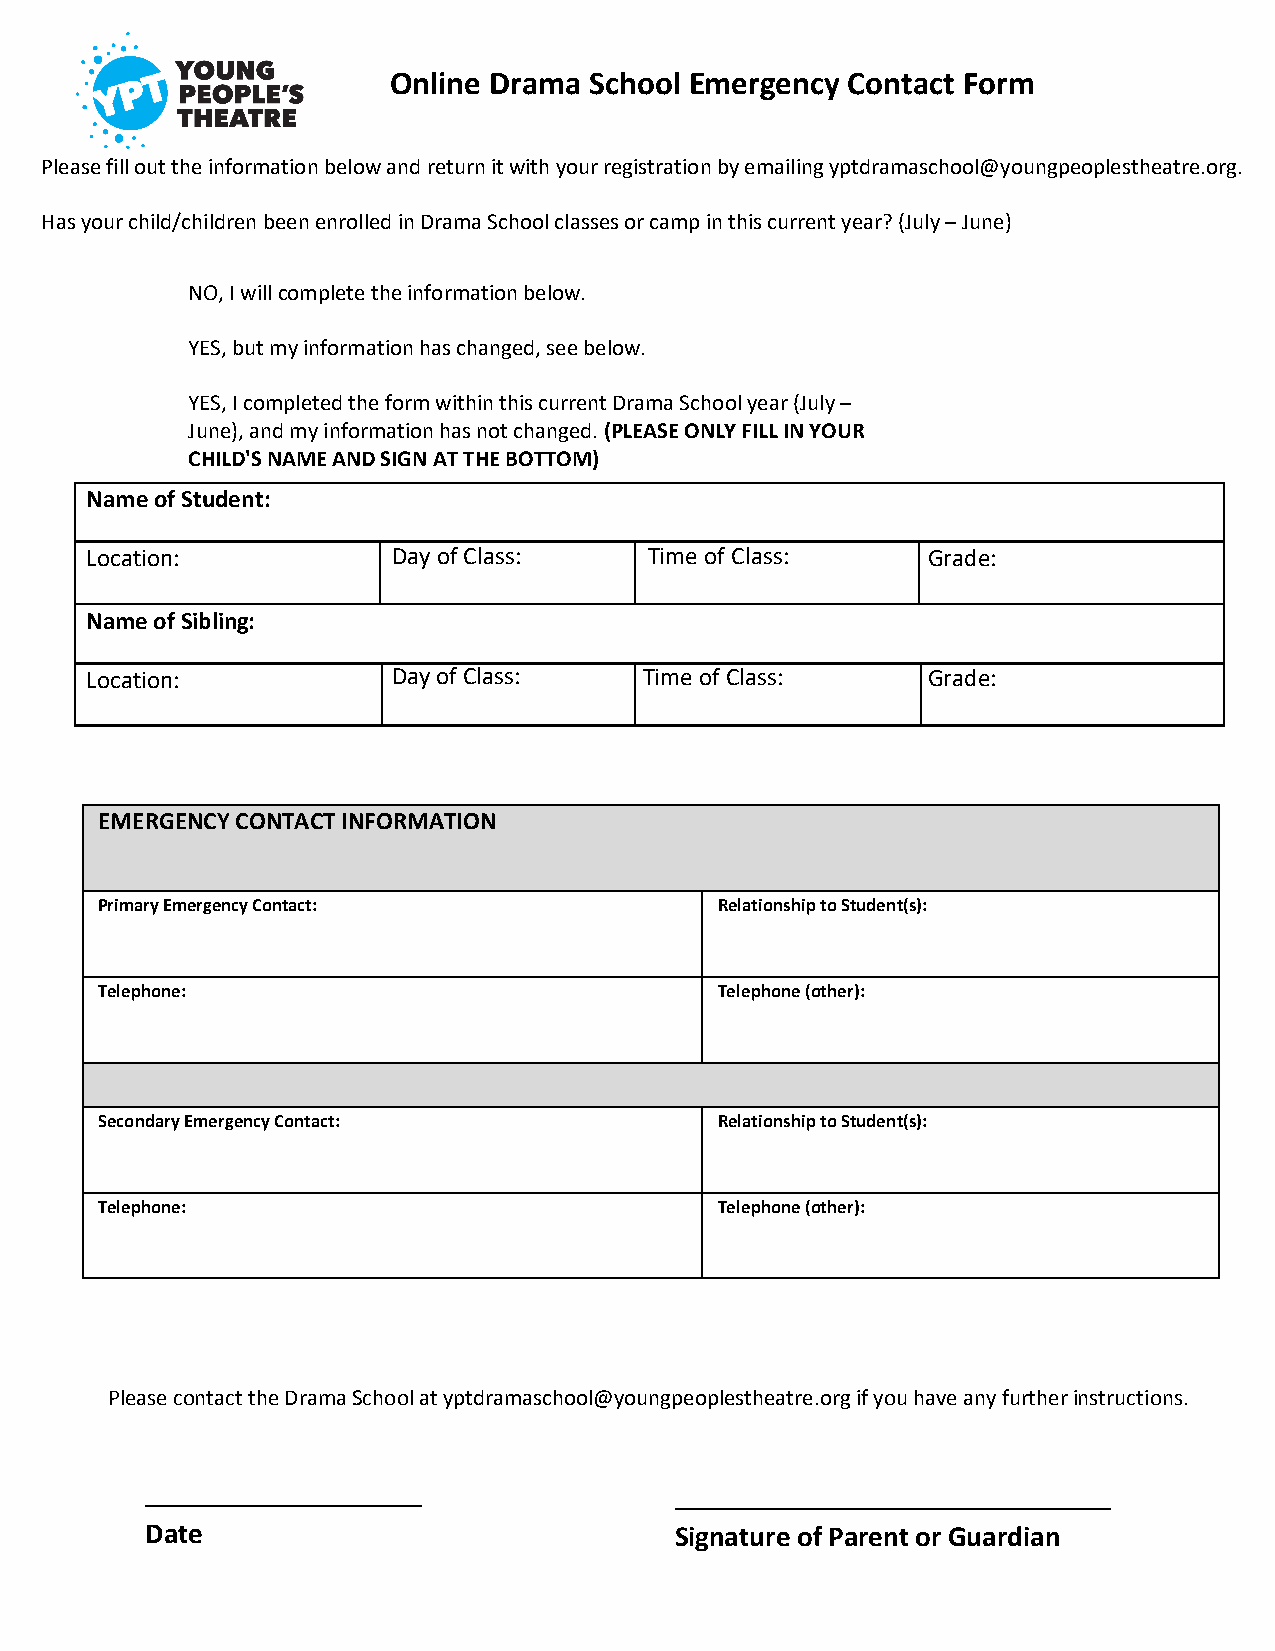
Online Drama School Emergency Contact Form
 Please fill out the information below and return it with your registration by emailing yptdramaschool@youngpeoplestheatre.org.
 Has your child/children been enrolled in Drama School classes or camp in this current year? (July – June)
 NO, I will complete the information below.
 YES, but my information has changed, see below.
 YES, I completed the form within this current Drama School year (July –
 June), and my information has not changed. (PLEASE ONLY FILL IN YOUR
 CHILD'S NAME AND SIGN AT THE BOTTOM)
 Name of Student:
 Location:           Day of Class:    Time of Class:    Grade:
 Name of Sibling:
 Location:           Day of Class:    Time of Class:    Grade:
 EMERGENCY CONTACT INFORMATION
 Primary Emergency Contact:               Relationship to Student(s):
 Telephone:                               Telephone (other):
 Secondary Emergency Contact:             Relationship to Student(s):
 Telephone:                               Telephone (other):
 Please contact the Drama School at yptdramaschool@youngpeoplestheatre.org if you have any further instructions.
 ___________________                ______________________________
 Date                               Signature of Parent or Guardian